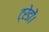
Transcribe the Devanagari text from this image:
ट्रेडों।